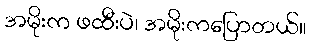
အမိုးက ဖထီးပဲ၊ အမိုးကပြောတယ်။